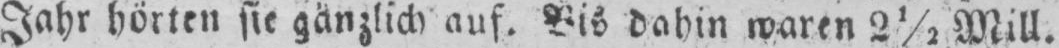
Jahr hörten sie gänzlich auf. Bis dahin waren 2½ Mill.